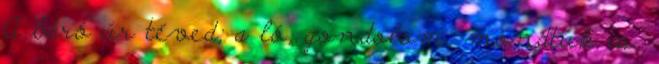
A báró úr téved; a ló, gondolom, mondtuk is,